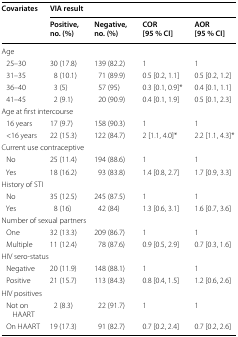
<table><thead><tr><td rowspan="2"><b>Covariates</b></td><td colspan="4"><b>VIA result</b></td></tr><tr><td><b>Positive, no. (%)</b></td><td><b>Negative, no. (%)</b></td><td><b>COR [95 % CI]</b></td><td><b>AOR [95 % CI]</b></td></tr></thead><tbody><tr><td colspan="5">Age</td></tr><tr><td> 25–30</td><td>30 (17.8)</td><td>139 (82.2)</td><td>1</td><td>1</td></tr><tr><td> 31–35</td><td>8 (10.1)</td><td>71 (89.9)</td><td>0.5 [0.2, 1.1]</td><td>0.5 [0.2, 1.2]</td></tr><tr><td> 36–40</td><td>3 (5)</td><td>57 (95)</td><td>0.3 [0.1, 0.9]*</td><td>0.4 [0.1, 1.1]</td></tr><tr><td> 41–45</td><td>2 (9.1)</td><td>20 (90.9)</td><td>0.4 [0.1, 1.9]</td><td>0.5 [0.1, 2.3]</td></tr><tr><td colspan="5">Age at first intercourse</td></tr><tr><td> 16 years</td><td>17 (9.7)</td><td>158 (90.3)</td><td>1</td><td>1</td></tr><tr><td> &lt;16 years</td><td>22 (15.3)</td><td>122 (84.7)</td><td>2 [1.1, 4.0]*</td><td>2.2 [1.1, 4.3]*</td></tr><tr><td colspan="5">Current use contraceptive</td></tr><tr><td> No</td><td>25 (11.4)</td><td>194 (88.6)</td><td>1</td><td>1</td></tr><tr><td> Yes</td><td>18 (16.2)</td><td>93 (83.8)</td><td>1.4 [0.8, 2.7]</td><td>1.7 [0.9, 3.3]</td></tr><tr><td colspan="5">History of STI</td></tr><tr><td> No</td><td>35 (12.5)</td><td>245 (87.5)</td><td>1</td><td>1</td></tr><tr><td> Yes</td><td>8 (16)</td><td>42 (84)</td><td>1.3 [0.6, 3.1]</td><td>1.6 [0.7, 3.6]</td></tr><tr><td colspan="5">Number of sexual partners</td></tr><tr><td> One</td><td>32 (13.3)</td><td>209 (86.7)</td><td>1</td><td>1</td></tr><tr><td> Multiple</td><td>11 (12.4)</td><td>78 (87.6)</td><td>0.9 [0.5, 2.9]</td><td>0.7 [0.3, 1.6]</td></tr><tr><td colspan="5">HIV sero-status</td></tr><tr><td> Negative</td><td>20 (11.9)</td><td>148 (88.1)</td><td>1</td><td>1</td></tr><tr><td> Positive</td><td>21 (15.7)</td><td>113 (84.3)</td><td>0.8 [0.4, 1.5]</td><td>1.2 [0.6, 2.6]</td></tr><tr><td colspan="5">HIV positives</td></tr><tr><td> Not on HAART</td><td>2 (8.3)</td><td>22 (91.7)</td><td>1</td><td>1</td></tr><tr><td> On HAART</td><td>19 (17.3)</td><td>91 (82.7)</td><td>0.7 [0.2, 2.4]</td><td>0.7 [0.2, 2.6]</td></tr></tbody></table>